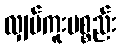
လျှပ်ကူးပစ္စည်း